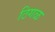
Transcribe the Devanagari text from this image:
ठिगळ